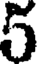
5